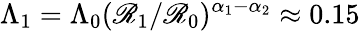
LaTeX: \Lambda_{1}=\Lambda_{0}(\mathscr{R}_{1}/\mathscr{R}_{0})^{\alpha_{1}-\alpha_{2}}\approx0.15